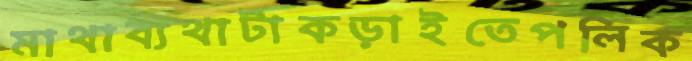
মাথাব্যথাটাকড়াইতেপলিক